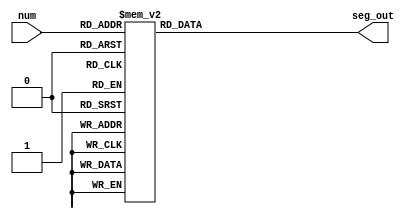
`timescale 1ns / 1ps

module bcd_seg(
    input[3:0] num,
    output reg[7:0] seg_out
);

always @(num)
begin
    case(num)
        4'h0: seg_out=8'b1100_0000;
        4'h1: seg_out=8'b1111_1001;
        4'h2: seg_out=8'b1010_0100;
        4'h3: seg_out=8'b1011_0000;
        4'h4: seg_out=8'b1001_1001;
        4'h5: seg_out=8'b1001_0010;
        4'h6: seg_out=8'b1000_0010;
        4'h7: seg_out=8'b1111_1000;
        4'h8: seg_out=8'b1000_0000;
        4'h9: seg_out=8'b1001_0000;
        4'ha: seg_out=8'b1000_1000;
        4'hb: seg_out=8'b1000_0011;
        4'hc: seg_out=8'b1100_0110;
        4'hd: seg_out=8'b1010_0001;
        4'he: seg_out=8'b1000_0110;
        4'hf: seg_out=8'b1000_1110;
        default: seg_out = 8'b1111_1111;
    endcase
end

endmodule